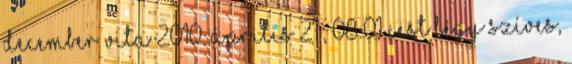
December vita 2010. április 21., 08:01 CEST Légy szíves,